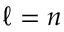
\ell = n